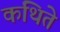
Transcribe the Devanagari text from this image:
कथिते